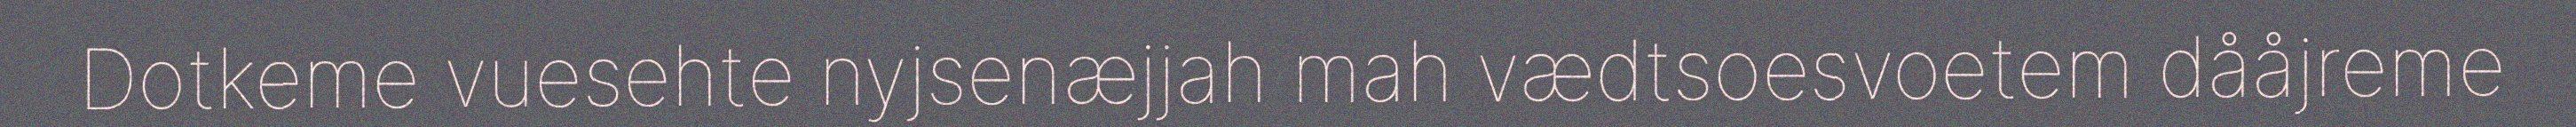
Dotkeme vuesehte nyjsenæjjah mah vædtsoesvoetem dååjreme